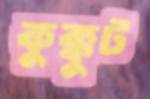
কুক্কুট